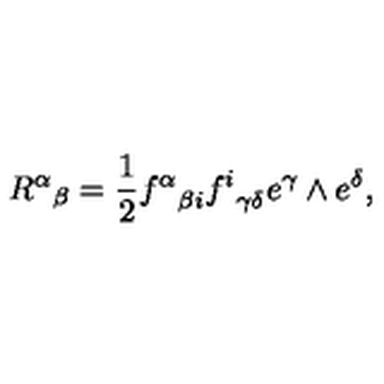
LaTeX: { { R ^ { \alpha } } } _ { \beta } = { \frac { 1 } { 2 } } { f ^ { \alpha } } _ { \beta i } { f ^ { i } } _ { \gamma \delta } e ^ { \gamma } \wedge e ^ { \delta } ,